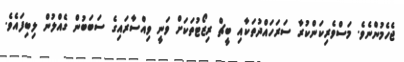
ޖެހެމުންނެވެ. މަސްވެރިކަންކުރާ ސަރަހައްދުތަކާއި ބީޗް ރިޒޯޓުތަކަށް ވަނީ ވިއްސާރައިގެ ސަބަބުން ގެއްލުން ލިބިފައެވެ.